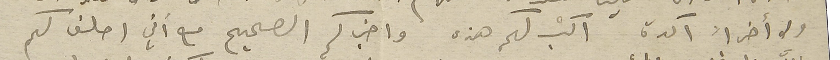
ولا أخراً آكدة اكتب لكم هذه واخبركم الصحيح مع اني احلف لكم